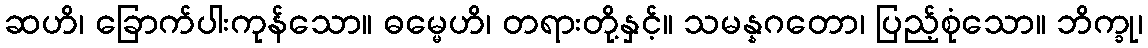
ဆဟိ၊ ခြောက်ပါးကုန်သော။ ဓမ္မေဟိ၊ တရားတို့နှင့်။ သမန္နဂတော၊ ပြည့်စုံသော။ ဘိက္ခု၊